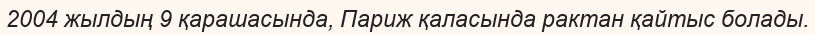
2004 жылдың 9 қарашасында, Париж қаласында рактан қайтыс болады.